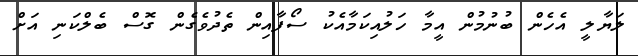
ލަޔާލީ އެހެން ބުނުމުން އީމާ ހަލުއިކަމާއެކު ސޯފާއިން ތެދުވެގެން ގޮސް ބެލްކަނި އަށް